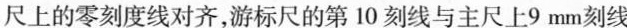
尺上的零刻度线对齐，游标尺的第10刻线与主尺上9mm刻线